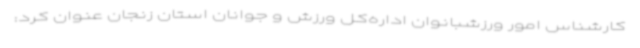
کارشناس امور ورزشبانوان اداره‌کل ورزش و جوانان استان زنجان عنوان کرد: